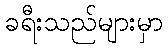
ခရီးသည်များမှာ